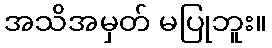
အသိအမှတ် မပြုဘူး။